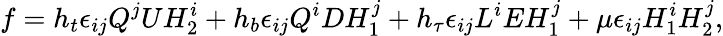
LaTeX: f=h_{t}\epsilon_{ij}Q^{j}UH_{2}^{i}+h_{b}\epsilon_{ij}Q^{i}DH_{1}^{j}+h_{\tau}\epsilon_{ij}L^{i}EH_{1}^{j}+\mu\epsilon_{ij}H_{1}^{i}H_{2}^{j},